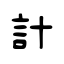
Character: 計